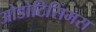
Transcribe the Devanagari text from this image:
ओडोटिसिमस